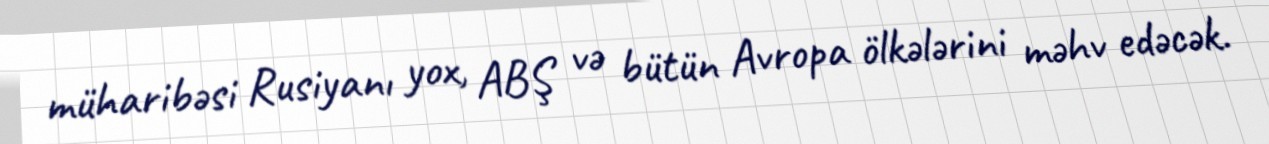
müharibəsi Rusiyanı yox, ABŞ və bütün Avropa ölkələrini məhv edəcək.